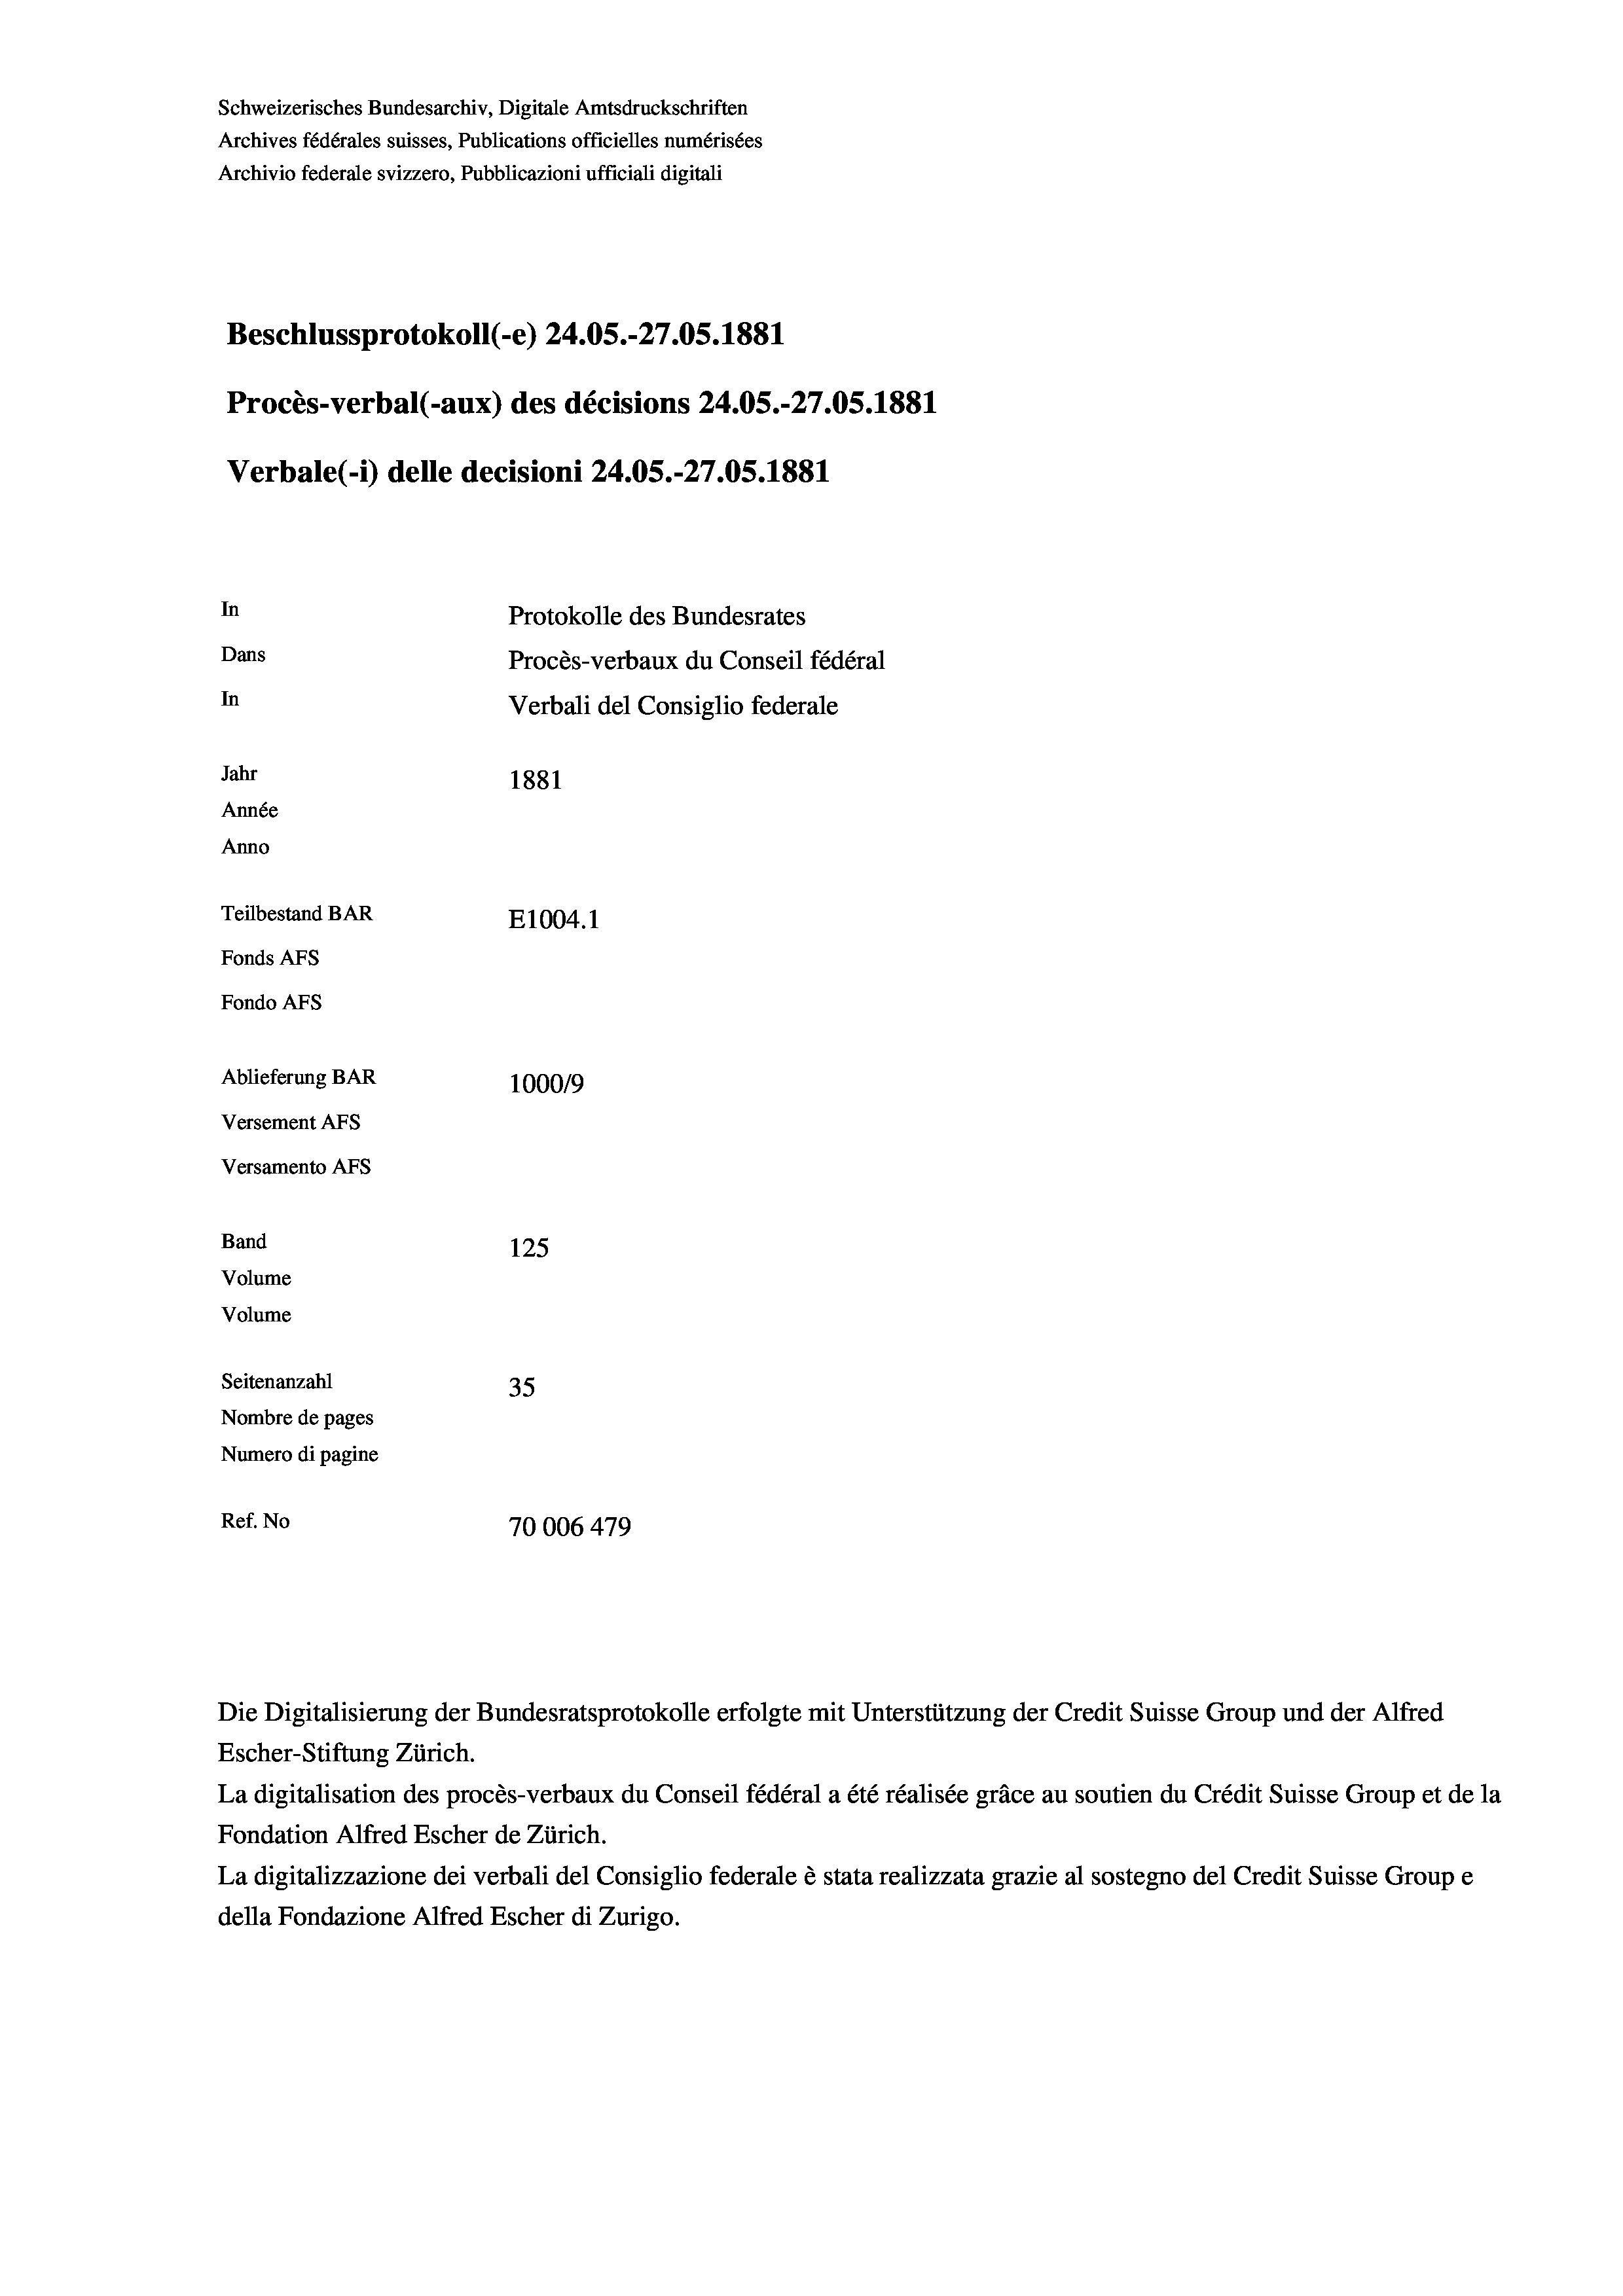
Schweizerisches Bundesarchiv, Digitale Amtsdruckschriften
Archives fédérales suisses, Publications officielles numérisées
Archivio federale svizzero, Pubblicazioni ufficiali digitali
Beschlussprotokoll (-e) 24.05.-27.05. 1881
Procès-verbal (-aux) des décisions 24.05.-27.05.1881
Verbale (- 1) delle decisioni 24.05.-27.05. 1881
In
Protokolle des Bundesrates
Dans
Procès-verbaux du Conseil fédéral
In
Verbali del Consiglio federale
Jahr
1881
Année
Anno
Teilbestand BAR
E1004. 1
Fonds AFs
Fondo Afs
Ablieferung BAR
100019
Versement AFs
Versamento Afs
Band
125
Volume
Volume
Seitenanzahl
35
Nombre de pages
Numero di pagine
Ref. No
70006 479

Die Digitalisierung der Bundesratsprotokolle erfolgte mit Unterstützung der Credit Suisse Group und der Alfred

Escher-Stiftung Zürich.
La digitalisation des procès-verbaux du Conseil fédéral a été réalisée gräce au soutien du Crédit Suisse Group et de la
Fondation Alfred Escher de Zürich.
La digitalizzazione dei verbali del Consiglio federale è stata realizzata grazie al sostegno del Credit Suisse Groupe
della Fondazione Alfred Escher di Zurigo.